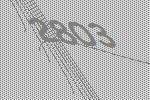
2803